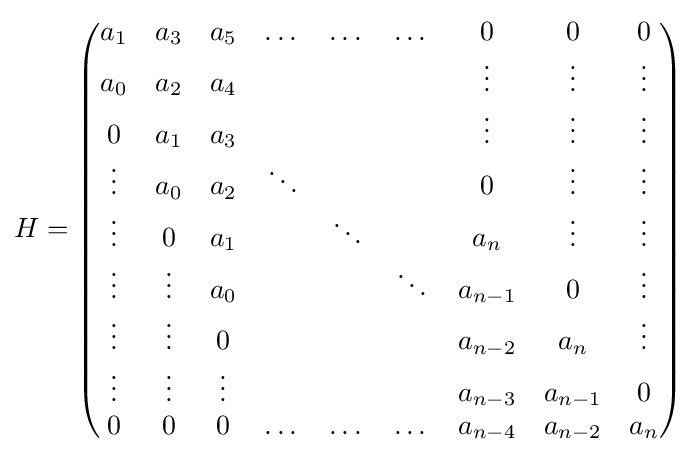
H={\begin{pmatrix}a_{1}&a_{3}&a_{5}&\dots &\dots &\dots &0&0&0\\a_{0}&a_{2}&a_{4}&&&&\vdots &\vdots &\vdots \\0&a_{1}&a_{3}&&&&\vdots &\vdots &\vdots \\\vdots &a_{0}&a_{2}&\ddots &&&0&\vdots &\vdots \\\vdots &0&a_{1}&&\ddots &&a_{n}&\vdots &\vdots \\\vdots &\vdots &a_{0}&&&\ddots &a_{n-1}&0&\vdots \\\vdots &\vdots &0&&&&a_{n-2}&a_{n}&\vdots \\\vdots &\vdots &\vdots &&&&a_{n-3}&a_{n-1}&0\\0&0&0&\dots &\dots &\dots &a_{n-4}&a_{n-2}&a_{n}\end{pmatrix}}